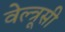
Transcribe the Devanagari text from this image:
वेल्त्रूसी